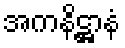
အကနိဋ္ဌာနံ